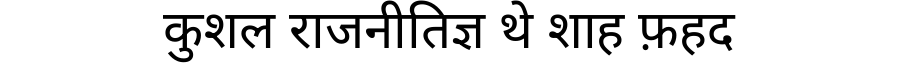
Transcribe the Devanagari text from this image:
कुशल राजनीतिज्ञ थे शाह फ़हद